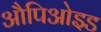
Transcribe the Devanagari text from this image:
औपिओइड